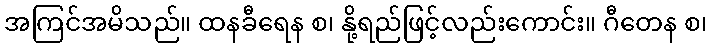
အကြင်အမိသည်။ ထနခီရေန စ၊ နို့ရည်ဖြင့်လည်းကောင်း။ ဂီတေန စ၊